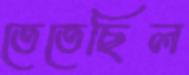
তেতেছিল